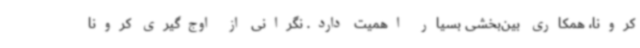
کرونا، همکاری بین‌بخشی بسیار اهمیت دارد. نگرانی از اوج‌گیری کرونا